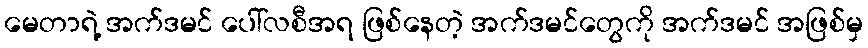
မေတာရဲ့ အက်ဒမင် ပေါ်လစီအရ ဖြစ်နေတဲ့ အက်ဒမင်တွေကို အက်ဒမင် အဖြစ်မှ